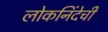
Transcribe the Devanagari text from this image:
लोकनिंदेची